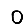
Digit: 0